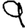
Digit: 9